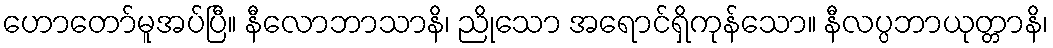
ဟောတော်မူအပ်ပြီ။ နီလောဘာသာနိ၊ ညိုသော အရောင်ရှိကုန်သော။ နီလပ္ပဘာယုတ္တာနိ၊